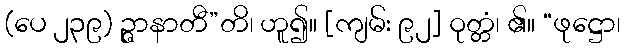
(ပေ ၂၃၉) ဉ္ဇာနာတီ”တိ၊ ဟူ၍။ [ကျမ်း ၉၂] ဝုတ္တံ၊ ၏။ “ဖုဋ္ဌော၊